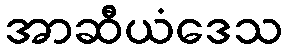
အာဆီယံဒေသ